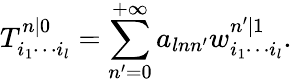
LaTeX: T_{i_{1}\cdots i_{l}}^{n|0}=\sum_{n^{\prime}=0}^{+\infty}a_{lnn^{\prime}}w_{i_{1}\cdots i_{l}}^{n^{\prime}|1}.